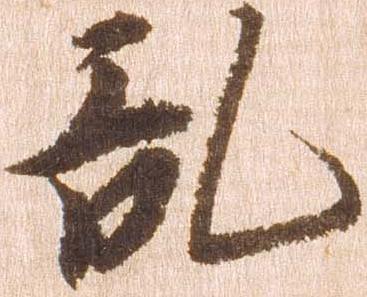
乱